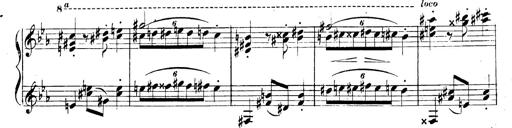
Title: 3 Caprices-Valses
Composer: Franz Liszt